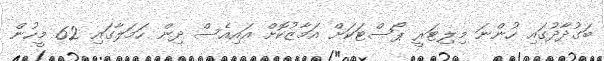
ބަގުދާދުގައި ހުންނަ މިލިޓަރީ ޕޯސްޓަކަށް އަމާޒުކޮށް އައިއެސް ދިން ހަމަލާގައި 62 މީހުން